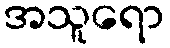
အသူရော